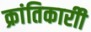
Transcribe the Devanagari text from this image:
क्रांतिकारीी